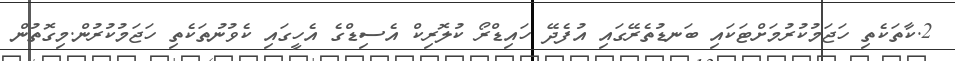
2.ކާތަކެތި ހަޖަމުކުރުމަށްޓަކައި ބަނޑުތެރޭގައި އުފެދޭ ހައިޑްރޯ ކުލޮރިކް އެސިޑްގެ އެހީގައި ކެވުނުތަކެތި ހަޖަމުކުރުން.މިގޮތުން